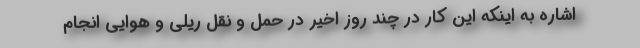
اشاره به اینکه این کار در چند روز اخیر در حمل و نقل ریلی و هوایی انجام